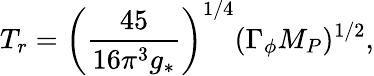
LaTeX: T_{r}=\left(\frac{45}{16\pi^{3}g_{*}}\right)^{1/4}(\Gamma_{\phi}M_{P})^{1/2},